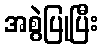
အစွဲပြုပြီး